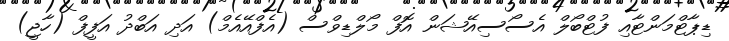
ޑިޕާޓްމަންޓާއި ފުޓްބޯލް އެސޯސިއޭޝަން އޮފް މޯލްޑިވްސް (އެފްއޭއެމް) އަދި އަބްދު އަފީފް (ހާޖީ)